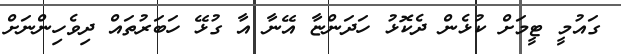
ގައުމީ ޓީމަށް ކުޅެން ދެކޮޅު ހަަދަންޏާ އޭނާ އާ ގުޅޭ ހަބަރުތައް ދިވެހިންނަށް